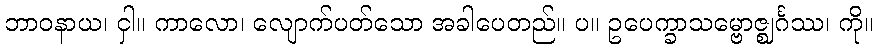
ဘာဝနာယ၊ ငှါ။ ကာလော၊ လျောက်ပတ်သော အခါပေတည်။ ပ။ ဥပေက္ခာသမ္ဗောဇ္ဈင်္ဂဿ၊ ကို။